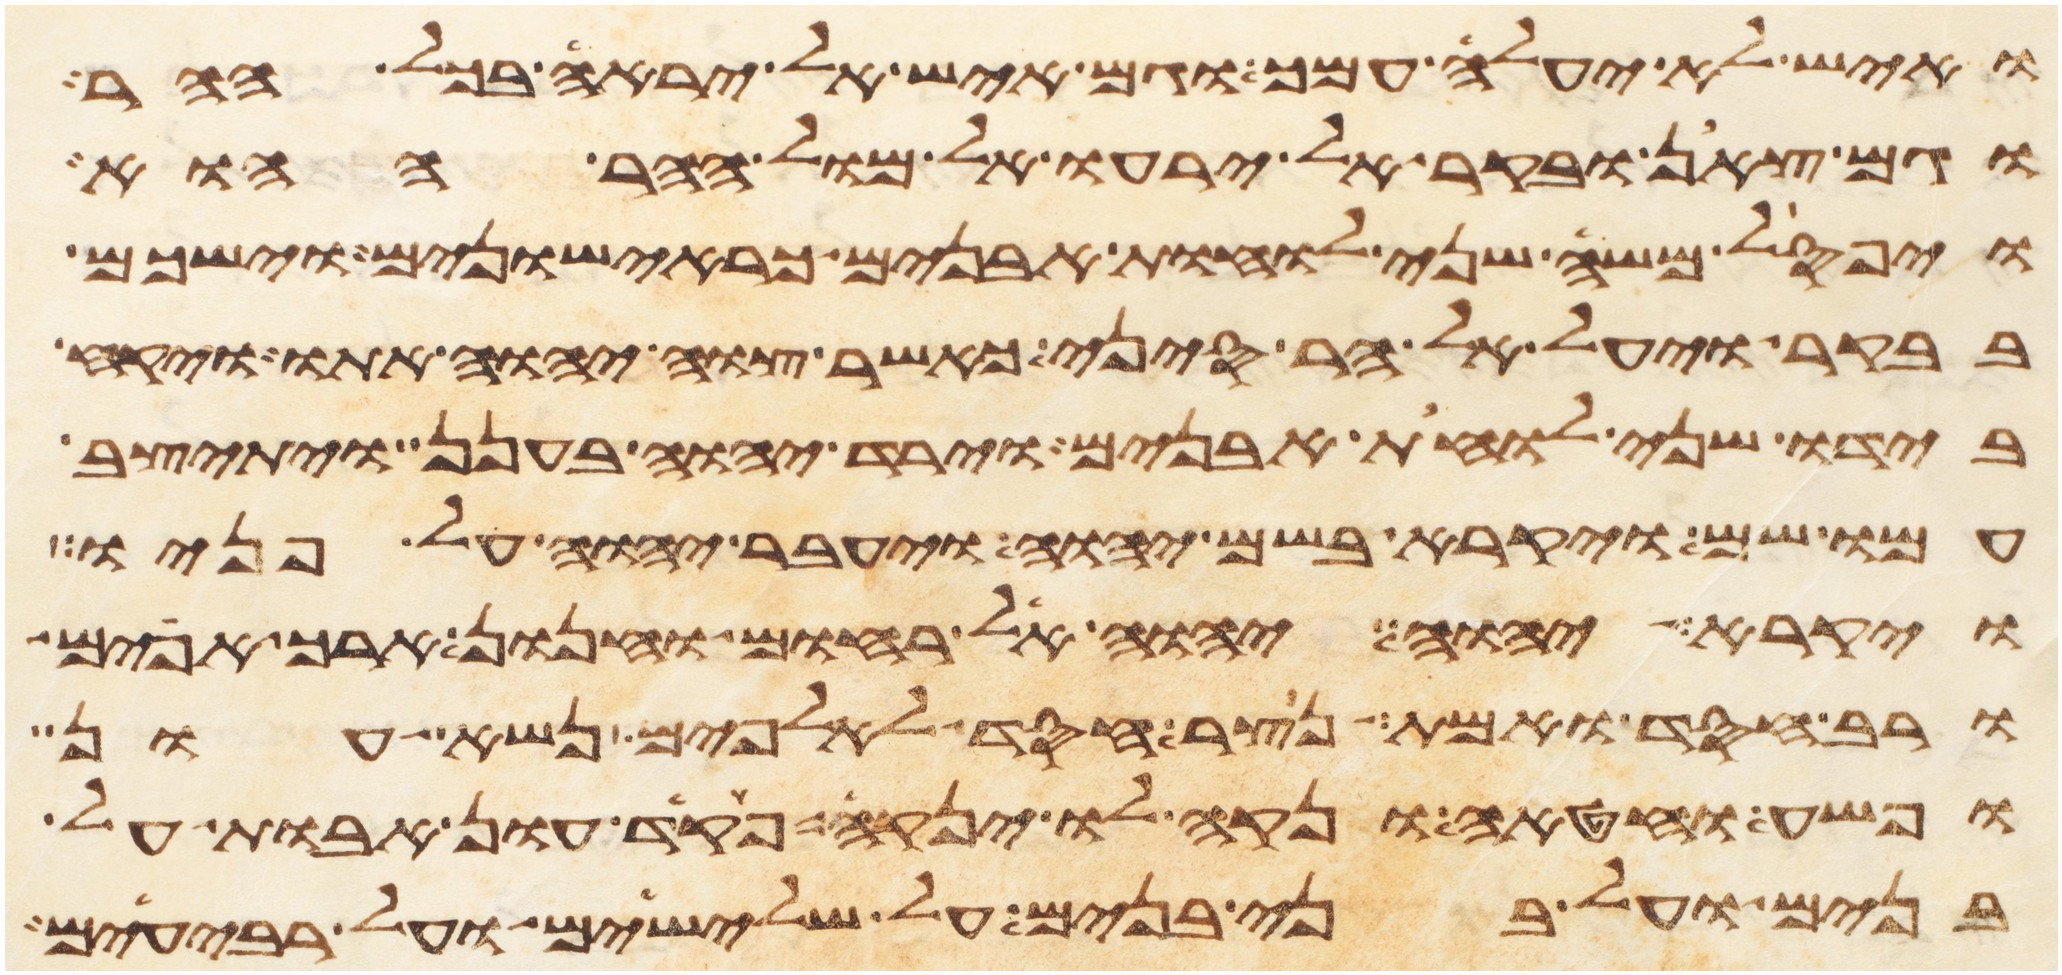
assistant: ואיש לא יעלה עמך וגם איש אל יראה בכל ההר
וגם צאן ובקר אל ירעו אל מול ההר ההוא
ויפסל משה שני לוחת אבנים כראישונים וישכם
בבקר ויעל אל הר סיני כאשר צוה יהוה אתו ויקח
בידו שני לוחת אבנים וירד יהוה בענן ויתיצב
עמו שם ויקרא בשם יהוה ויעבר יהוה על פניו
ויקרא יהוה יהוה אל רחום וחנון ארך אפים
ורב חסד ואמת נצר חסד לאלפים נשא עון
ופשע וחטאה ונקה לו ינקה פקד עון אבות על
בנים ועל בני בנים על שלישים ועל רביעים